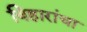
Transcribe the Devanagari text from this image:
विहारांचा